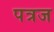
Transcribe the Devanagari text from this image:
पत्रज